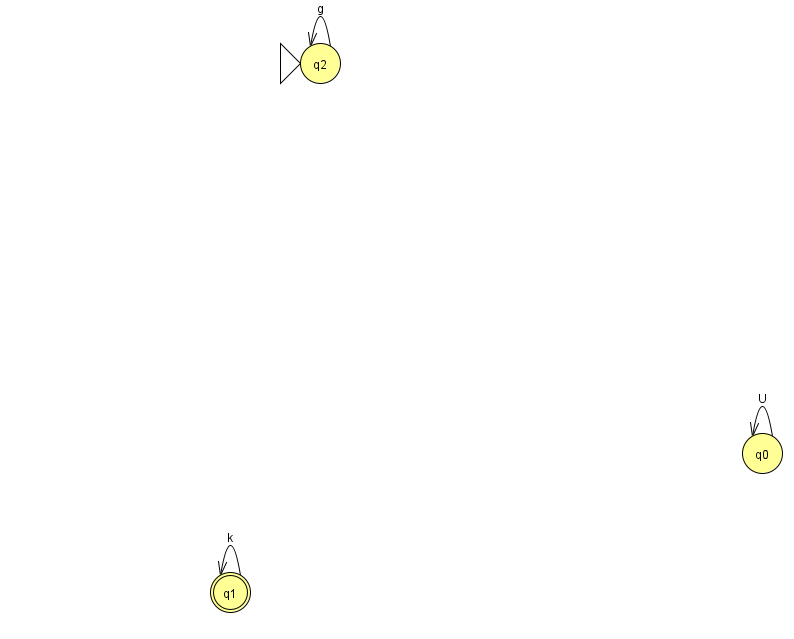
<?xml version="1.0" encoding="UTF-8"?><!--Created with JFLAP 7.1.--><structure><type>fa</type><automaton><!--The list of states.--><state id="0" name="q0"><x>762.0</x><y>440.0</y></state><state id="1" name="q1"><x>230.0</x><y>579.0</y><final/></state><state id="2" name="q2"><x>320.0</x><y>50.0</y><initial/></state><!--The list of transitions.--><transition><from>0</from><to>0</to><read>U</read></transition><transition><from>2</from><to>2</to><read>g</read></transition><transition><from>1</from><to>1</to><read>k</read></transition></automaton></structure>